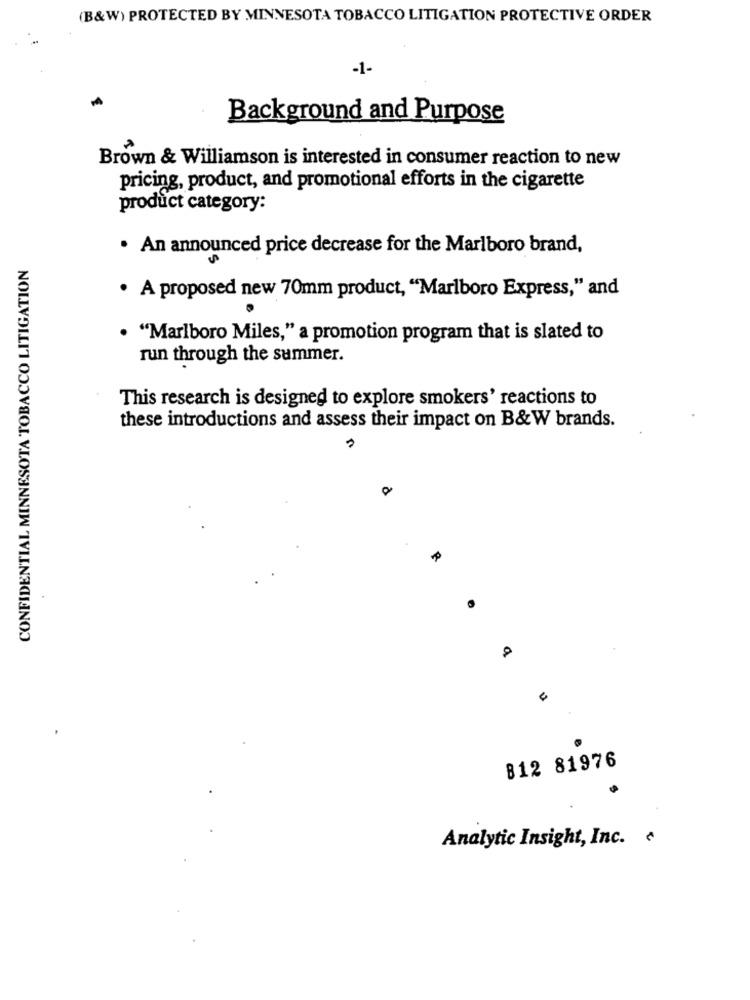
(B&W) PROTECTED BY MINNESOTA TOBACCO LITIGATION PROTECTIVE ORDER
-1-
Background and Purpose
Brown & Williamson is interested in consumer reaction to new
pricing, product, and promotional efforts in the cigarette
product category:
. An announced price decrease for the Marlboro brand,
CONFIDENTIAL MINNESOTA TOBACCO LITIGATION
· A proposed new 70mm product, "Marlboro Express," and
. "Marlboro Miles," a promotion program that is slated to
run through the summer.
This research is designed to explore smokers' reactions to
these introductions and assess their impact on B&W brands.
o
B12 81976
Analytic Insight, Inc.